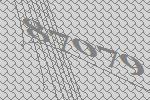
87079